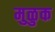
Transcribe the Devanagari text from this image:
मुळुक